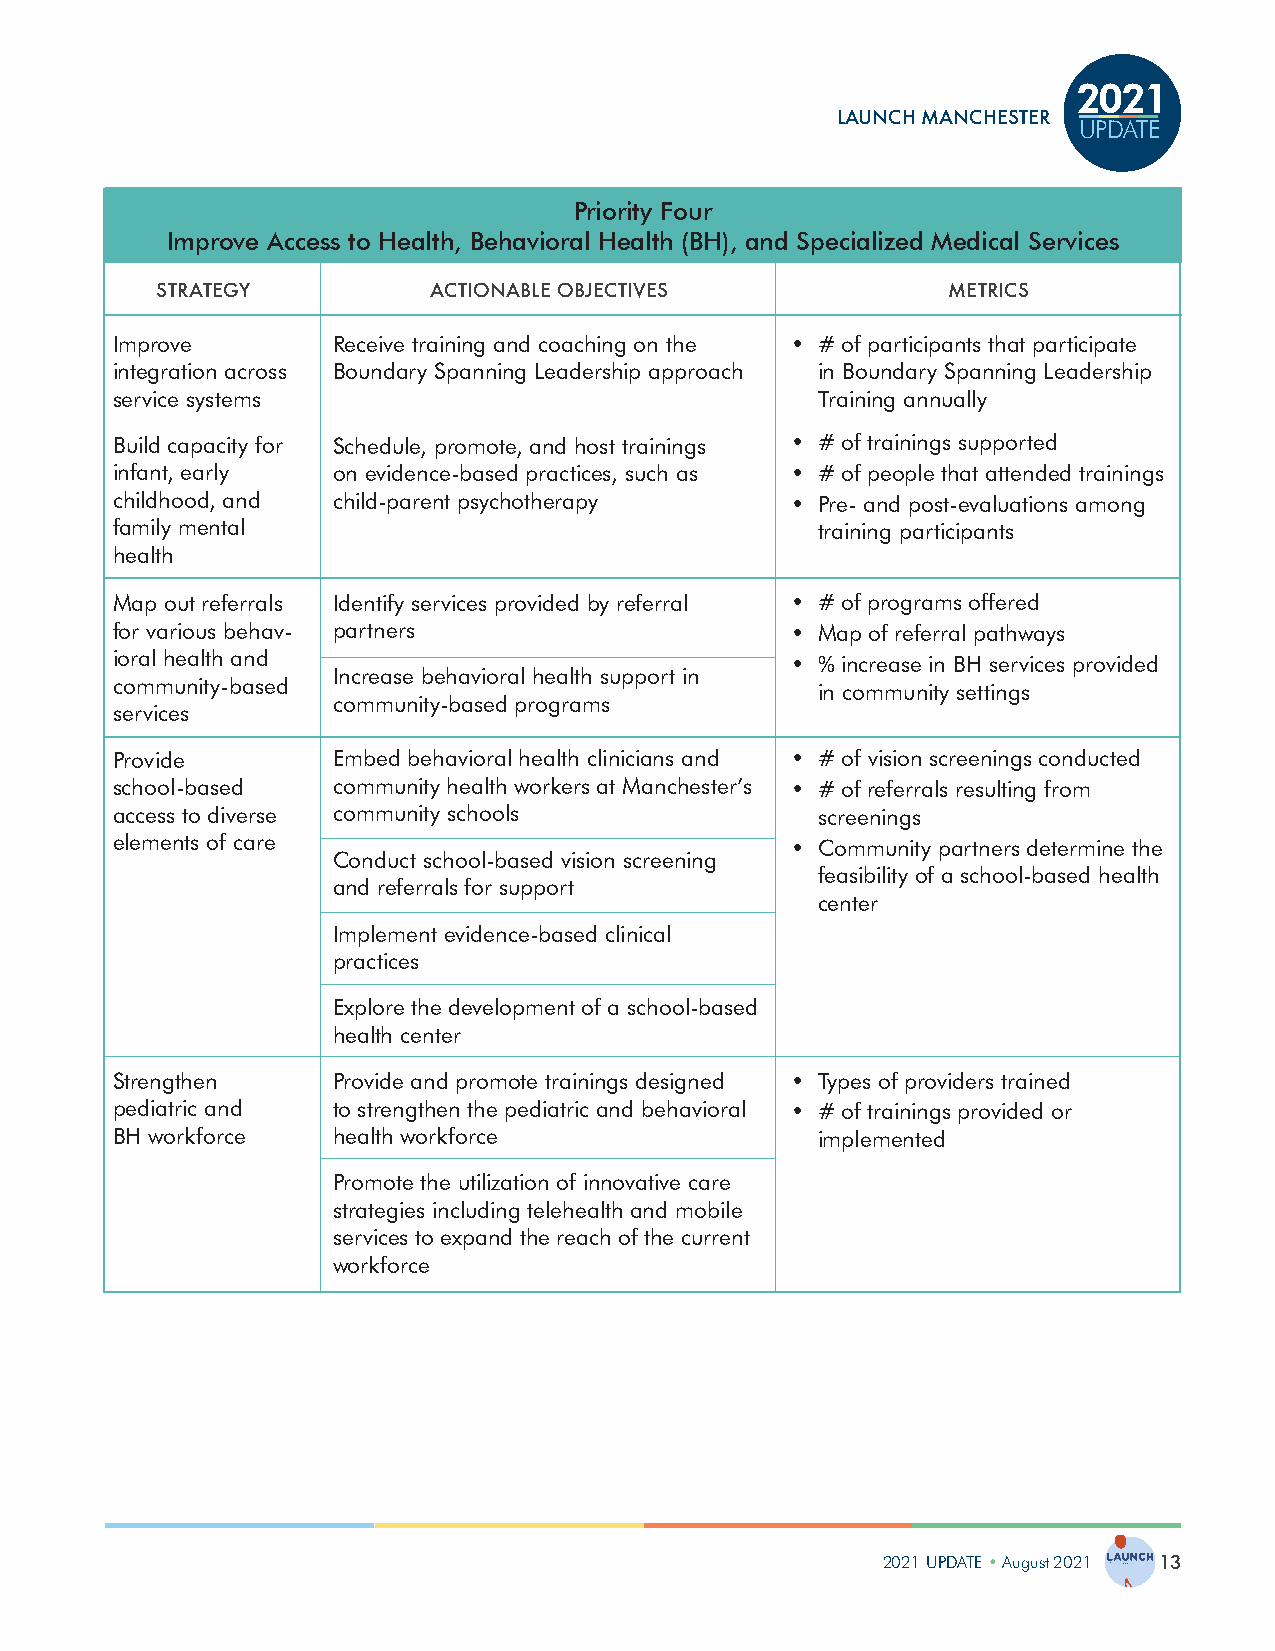
2021
 LAUNCH MANCHESTER
 UPDATE
 Priority Four
 Improve Access to Health, Behavioral Health (BH), and Specialized Medical Services
 STRATEGY          ACTIONABLE OBJECTIVES              METRICS
 Improve        Receive training and coaching on the • # of participants that participate
 integration across Boundary Spanning Leadership approach in Boundary Spanning Leadership
 service systems                                Training annually
 Build capacity for Schedule, promote, and host trainings • # of trainings supported
 infant, early  on evidence-based practices, such as • # of people that attended trainings
 childhood, and child-parent psychotherapy    • Pre- and post-evaluations among
 family mental                                  training participants
 health
 Map out referrals Identify services provided by referral • # of programs offered
 for various behav- partners                  • Map of referral pathways
 ioral health and                             • % increase in BH services provided
 Increase behavioral health support in
 community-based                                in community settings
 community-based programs
 services
 Provide        Embed behavioral health clinicians and • # of vision screenings conducted
 school-based   community health workers at Manchester’s • # of referrals resulting from
 access to diverse community schools            screenings
 elements of care                             • Community partners determine the
 Conduct school-based vision screening
 feasibility of a school-based health
 and referrals for support
 center
 Implement evidence-based clinical
 practices
 Explore the development of a school-based
 health center
 Strengthen     Provide and promote trainings designed • Types of providers trained
 pediatric and  to strengthen the pediatric and behavioral • # of trainings provided or
 BH workforce   health workforce                implemented
 Promote the utilization of innovative care
 strategies including telehealth and mobile
 services to expand the reach of the current
 workforce
 2021 UPDATE • August 2021 13